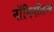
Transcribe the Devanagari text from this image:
नॉमिनलिज्म